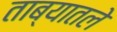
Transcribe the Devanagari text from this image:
ताब्यातले